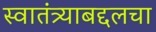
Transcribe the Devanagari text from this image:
स्वातंत्र्याबद्दलचा